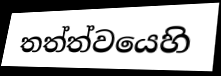
තත්ත්වයෙහි